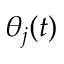
\theta _ { j } ( t )